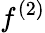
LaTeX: f^{(2)}